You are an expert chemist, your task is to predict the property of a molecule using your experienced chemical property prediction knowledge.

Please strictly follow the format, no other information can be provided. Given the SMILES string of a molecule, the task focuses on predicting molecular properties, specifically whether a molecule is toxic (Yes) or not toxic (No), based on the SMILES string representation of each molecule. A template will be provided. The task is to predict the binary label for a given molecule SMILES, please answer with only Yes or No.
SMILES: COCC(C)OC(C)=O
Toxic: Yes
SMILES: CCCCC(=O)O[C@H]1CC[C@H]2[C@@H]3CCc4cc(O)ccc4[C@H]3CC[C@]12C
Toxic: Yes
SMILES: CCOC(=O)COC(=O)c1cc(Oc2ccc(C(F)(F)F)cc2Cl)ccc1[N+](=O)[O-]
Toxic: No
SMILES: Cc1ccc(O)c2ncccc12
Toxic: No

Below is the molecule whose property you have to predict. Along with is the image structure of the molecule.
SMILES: Oc1ccccc1-c1ccccc1
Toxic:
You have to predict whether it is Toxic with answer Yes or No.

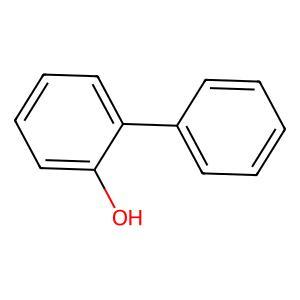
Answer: No